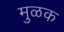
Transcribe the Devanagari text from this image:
मुळक